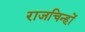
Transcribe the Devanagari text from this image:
राजचिन्हों